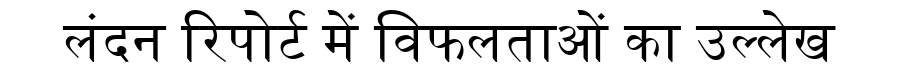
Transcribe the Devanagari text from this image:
लंदन रिपोर्ट में विफलताओं का उल्लेख